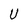
Character: U